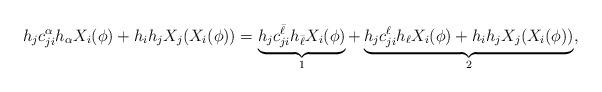
LaTeX: \begin{align*}h_j c_{ji}^\alpha h_\alpha X_i(\phi) + h_i h_j X_j(X_i(\phi)) = \underbrace{ h_j c_{ji}^{\bar\ell} h_{\bar\ell} X_i(\phi)}_{1} + \underbrace{ h_j c_{ji}^\ell h_\ell X_i(\phi) + h_i h_j X_j(X_i(\phi))}_{2},\end{align*}